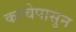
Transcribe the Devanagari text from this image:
काचेपासुन